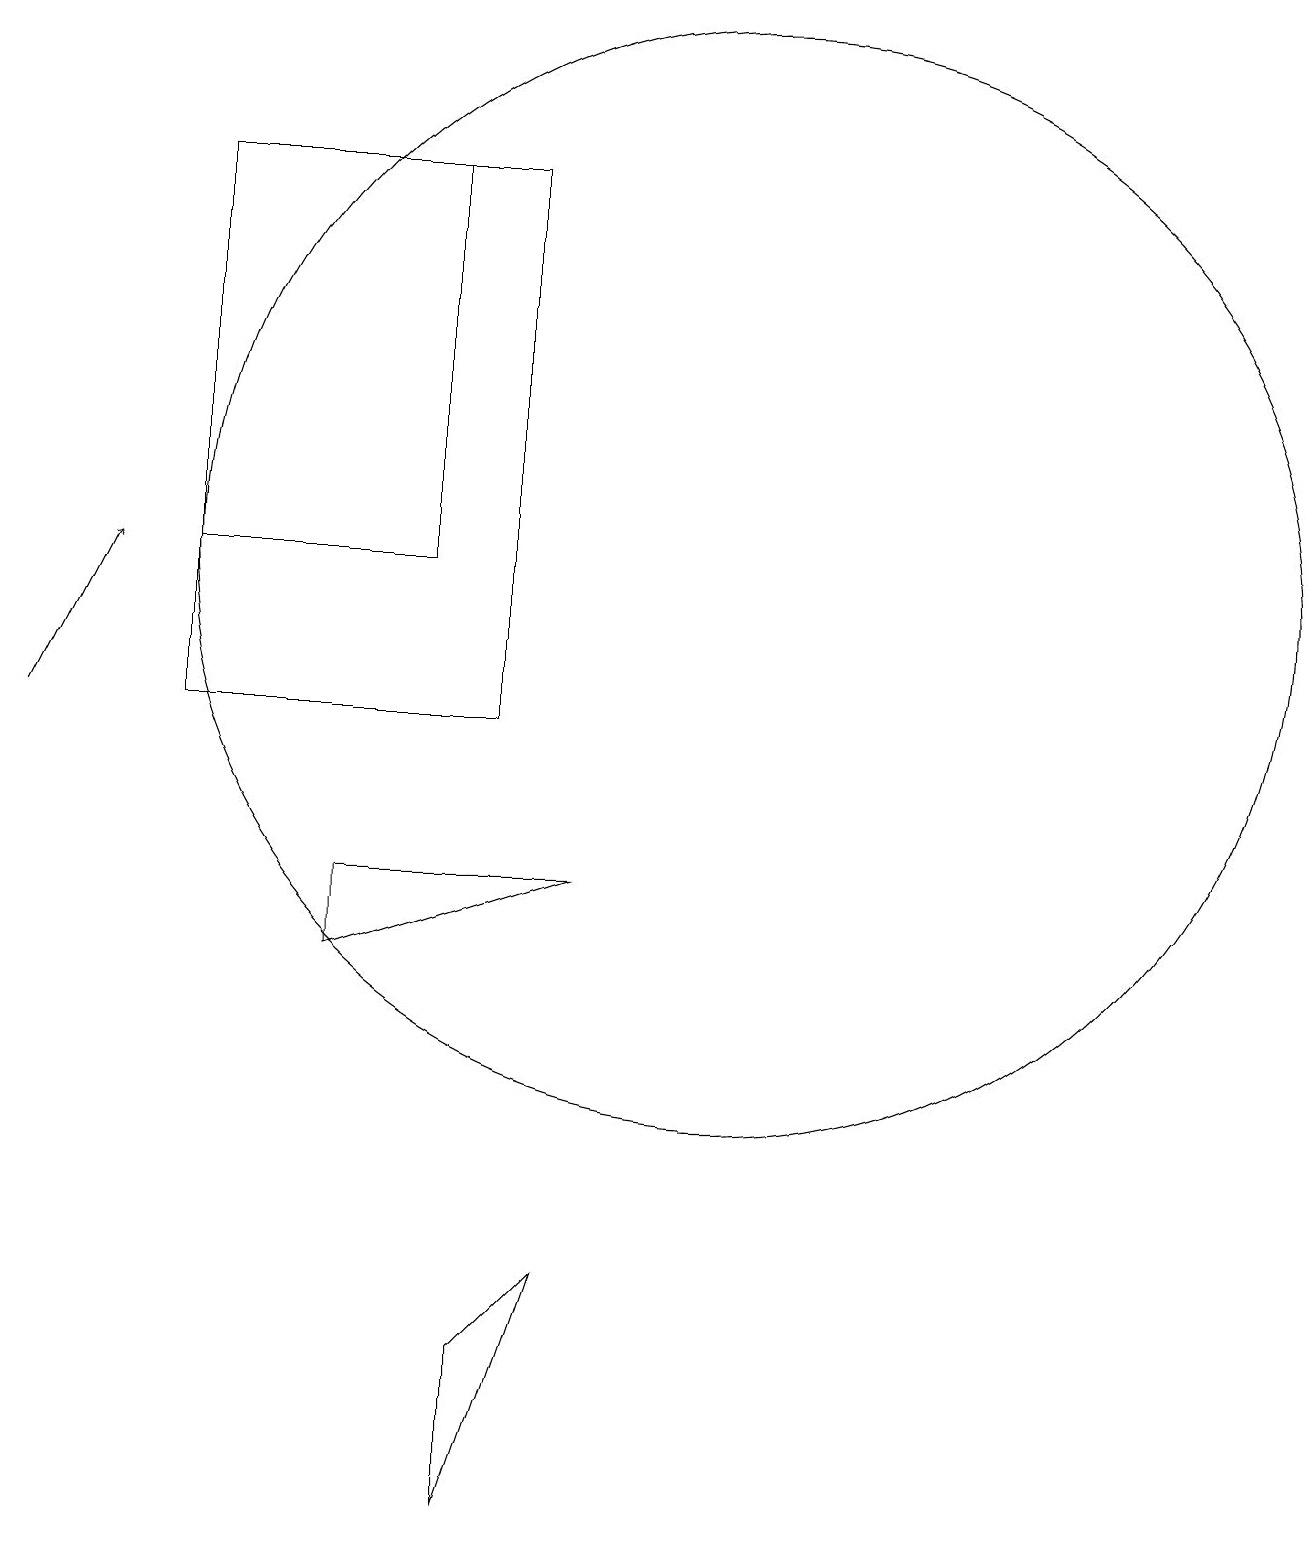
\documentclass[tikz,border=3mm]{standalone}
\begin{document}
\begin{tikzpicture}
\draw[->] (2,10) -- (3,12);
\draw (8,0) -- (8,2) -- (9,3) -- cycle;
\draw (6,8) -- (6,7) -- (9,8) -- cycle;
\draw (11,12) circle (7);
\draw (8,10) rectangle (4,17);
\draw (4,17) rectangle (7,12);
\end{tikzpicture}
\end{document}